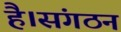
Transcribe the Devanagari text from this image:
है।संगठन